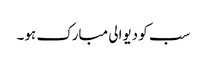
سب کو دیوالی مبارک ہو۔